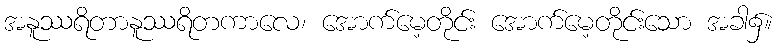
အနူဿရိတာနူဿရိတကာလေ၊ အောက်မေ့တိုင်း အောက်မေ့တိုင်းသော အခါ၌။